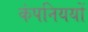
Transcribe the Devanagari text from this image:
कंपनिययों